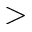
>